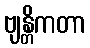
ဗျန္တိကတာ